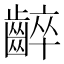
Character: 𪘧